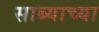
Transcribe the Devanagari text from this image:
साब्याच्या